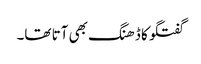
گفتگو کا ڈھنگ بھی آتا تھا۔